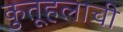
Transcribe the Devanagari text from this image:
कुतूहलाची